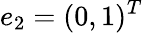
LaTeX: e_{2}=(0,1)^{T}